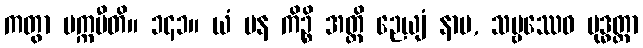
ကတွာ ပက္ကမီတိ။ ၁၄၁။ ယံ ပန ကိဉ္စိ အတ္ထိ ဉေယျံ နာမ, သဗ္ဗဿေဝ ဗုဒ္ဓတ္တာ